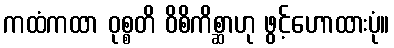
ကထံကထာ ဝုစ္စတိ ဝိစိကိစ္ဆာဟု ဖွင့်ဟောထားပုံ။